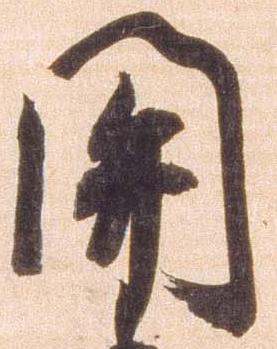
関